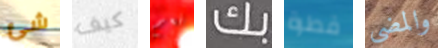
شئ كيف نعم بك قطرة والمضي